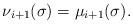
LaTeX: \begin{align*} \nu_{i+1}(\sigma)=\mu_{i+1}(\sigma). \end{align*}